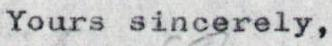
Yours sincerely,